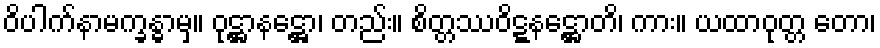
ဝိပါက်နာမက္ခန္ဓာမှ။ ဝုဋ္ဌာနဋ္ဌော၊ တည်း။ စိတ္တဿဝိဋ္ဋနဋ္ဌောတိ၊ ကား။ ယထာဝုတ္တ တော၊